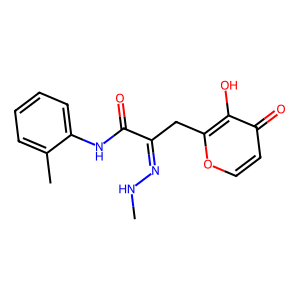
SMILES: CNN=C(Cc1occc(=O)c1O)C(=O)Nc1ccccc1C
Inhibits HIV replication: No